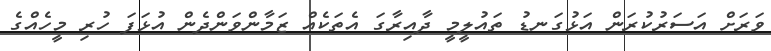
ވަރަށް އަސަރުކުރަން އަޅުގަނޑު ތައުލީމީ ދާއިރާގަ އެތަކެއް ޒަމާންވަންދެން އުޅަފަ ހުރި މީހެއްގެ